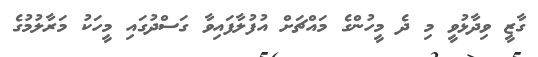
ގާޒީ ވިދާޅުވީ މި ދެ މީހުންގެ މައްޗަށް އުފުލާފައިވާ ގަސްދުގައި މީހަކު މަރާލުމުގެ